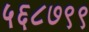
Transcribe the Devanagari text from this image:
५६८७९९